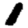
Digit: 1